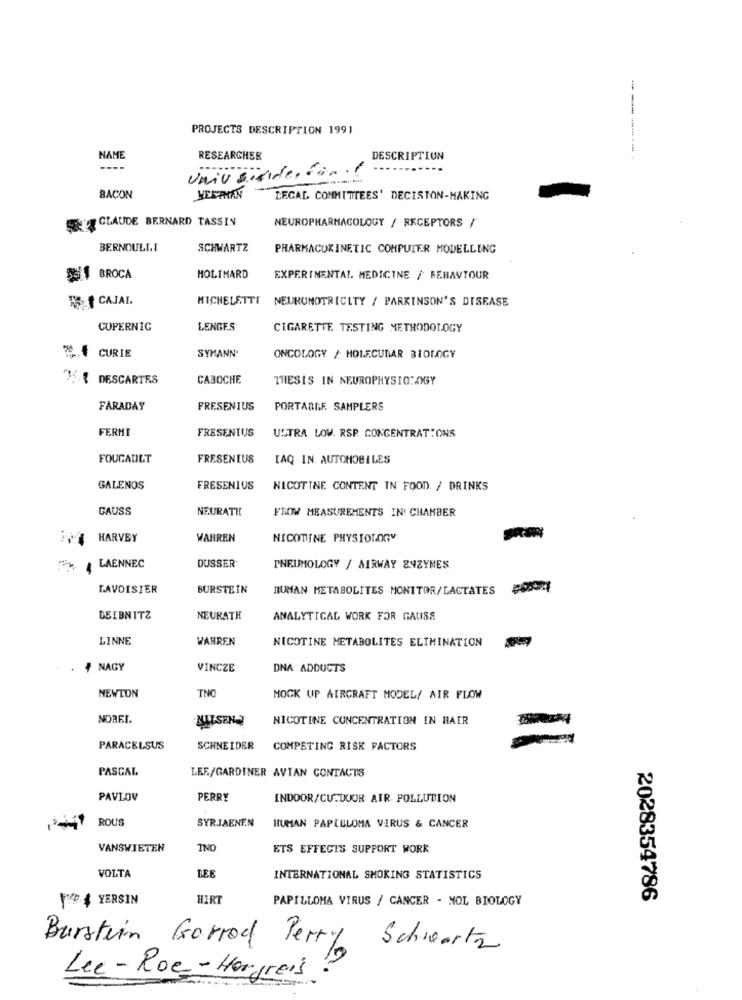
PROJECTS DESCRIPTION 1991
------
NAME
RESEARCHER
DESCRIPTION
----
Univ sünde, für
BACON
WEERMAN
LEGAL COMMITTEES' DECISION-MAKING
CLAUDE BERNARD TASSIN
NEUROPHARMACOLOGY / RECEPTORS /
BERNOULLI
SCHWARTZ
PHARMACOKINETIC COMPUTER MODELLING
DI BROCA
MOLIMARD
EXPERIMENTAL MEDICINE / BEHAVIOUR
3f CAJAL
MICHELETTI
NEURONOTRICITY / PARKINSON'S DISEASE
COPERNIC
LENGE.S
CIGARETTE. TESTING METHODOLOGY
3.4 CURIE
SYMANN'
ONCOLOGY / MOLECULAR BIOLOGY
35.{ DESCARTES
CABOCHE
THESIS IN NEUROPHYSIOLOGY
FARADAY
FRESENIUS
PORTABLE. SAMPLERS
FERMI
FRESENIUS
ULTRA LOW. RSP CONCENTRATIONS
FOUCAULT
FRESENIUS
IAQ IN. AUTOMOBILES
GALENOS
FRESENIUS
NICOTINE CONTENT IN FOOD. / DRINKS
GAUSS
NEURATH
FROMW MEASUREMENTS IN! CHAMBER
HARVEY
WARREN
NICOTINE PHYSIOLOGY
LAENNEC
DUSSER
PNEUMOLOGY / AIRWAY ENZYMES
LAVOISIER
BURSTEIN
HUMAN METABOLITES MONITOR/LACTATES
LEIBNITZ
NEURATH
ANALYTICAL WORK FOR GAUISS
LINNE
WAHREN
NICOTINE METABOLITES ELIMINATION
-
, NAGY
VINCZE
DNA ADDUCTS
TNC
NEWTON
MOCK UP AIRCRAFT MODEL/ AIR FLOW
NOREL
ALISENA
NICOTINE CONCENTRATION IN HAER
PARACELSUS
SCHNEIDER
COMPETING RISK FACTORS
PASCAL
LEF/GARDINER AVIAN CONTACTS
PAVLOV
PERRY
INDOOR/CU.DUOR AIR POLLUTION
ROUS
SYRJAENEN
HUMAN PAPCULOMA VIRUS & CANCER
VANSWIETEN
TNO
ETS EFFECTS SUPPORT WORK
LEE
VOLTA
INTERNATIONAL SMOKING STATISTICS
FF YERSIN
HIRT
PAPILLOMA VIRUS / CANCER - NOL BIOLOGY
2028354786
Burstein Gorrod Perry
Schwartz
Lee-Roe- Hargreis ?